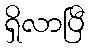
ရှိလာပြီ